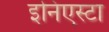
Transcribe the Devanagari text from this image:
इनिएस्टा